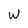
Character: w